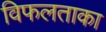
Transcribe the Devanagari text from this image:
विफलताका